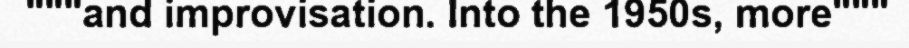
"""and improvisation. Into the 1950s, more"""